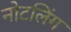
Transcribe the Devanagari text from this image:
नोटलिंग